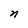
Character: n